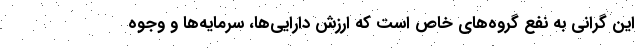
این گرانی به نفع گروه‌های خاص است که ارزش دارایی‌ها، سرمایه‌ها و وجوه